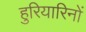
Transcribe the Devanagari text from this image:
हुरियारिनों